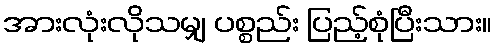
အားလုံးလိုသမျှ ပစ္စည်း ပြည့်စုံပြီးသား။